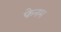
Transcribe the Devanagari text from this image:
फेनम